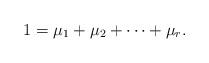
LaTeX: \begin{align*}1=\mu_1+\mu_2+\dots +\mu_r.\end{align*}